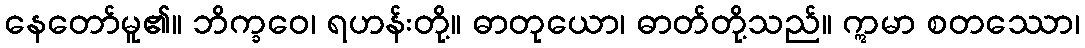
နေတော်မူ၏။ ဘိက္ခဝေ၊ ရဟန်းတို့။ ဓာတုယော၊ ဓာတ်တို့သည်။ ဣမာ စတဿော၊